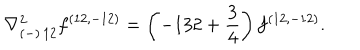
{ \nabla _ { ( - ) \, 1 2 } ^ { 2 } f ^ { ( 1 2 , - 1 2 ) } = \left( - 1 3 2 + { \frac { 3 } { 4 } } \right) f ^ { ( 1 2 , - 1 2 ) } . }